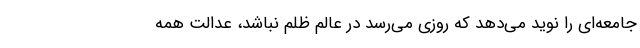
جامعه‌ای را نوید می‌دهد که روزی می‌رسد در عالم ظلم نباشد، عدالت همه